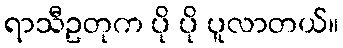
ရာသီဥတုက ပို ပို ပူလာတယ်။